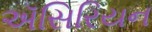
ઍસિરિયન